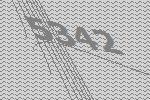
5342